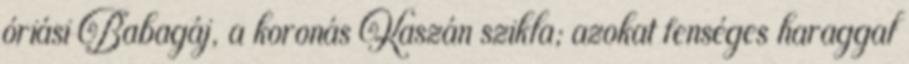
óriási Babagáj, a koronás Kaszán szikla; azokat fenséges haraggal